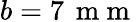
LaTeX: b=7\, \mathrm{~m~m~}